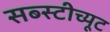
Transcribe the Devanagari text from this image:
सब्स्टीच्यूट